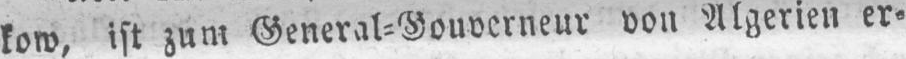
kow, ist zum General⸗Gouverneur von Algerien er⸗